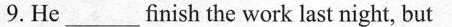
9. He ___ finish the work last night, but